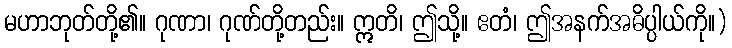
မဟာဘုတ်တို့၏။ ဂုဏာ၊ ဂုဏ်တို့တည်း။ ဣတိ၊ ဤသို့။ ဧတံ၊ ဤအနက်အဓိပ္ပါယ်ကို။)